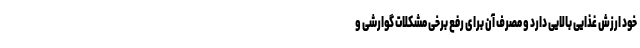
خود ارزش غذایی بالایی دارد و مصرف آن برای رفع برخی مشکلات گوارشی و